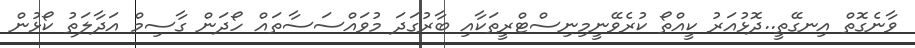
ވާނެގޮތް އިނގޭތީ..ދޮޅުއަަރު ކީއްތޯ ކުރެވޭނީމިނިސްޓްރީތަކާއި ބާރުގަދަ މުވައްސަސާތައް ހޯދަން ގާސިމް އަދާލަތު ކޯޅުން